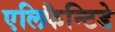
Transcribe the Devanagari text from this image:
एलिफैन्टिडे